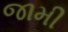
જામી